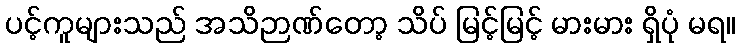
ပင့်ကူများသည် အသိဉာဏ်တော့ သိပ် မြင့်မြင့် မားမား ရှိပုံ မရ။